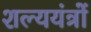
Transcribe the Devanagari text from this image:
शल्ययंत्रों